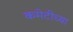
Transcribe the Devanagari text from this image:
कमेटीच्या